Annual report of the Bengal Veterinary College and of the Civil Veterinary Department, Bengal, for the year 1907-1908 - 1907-1908
Year: 1907
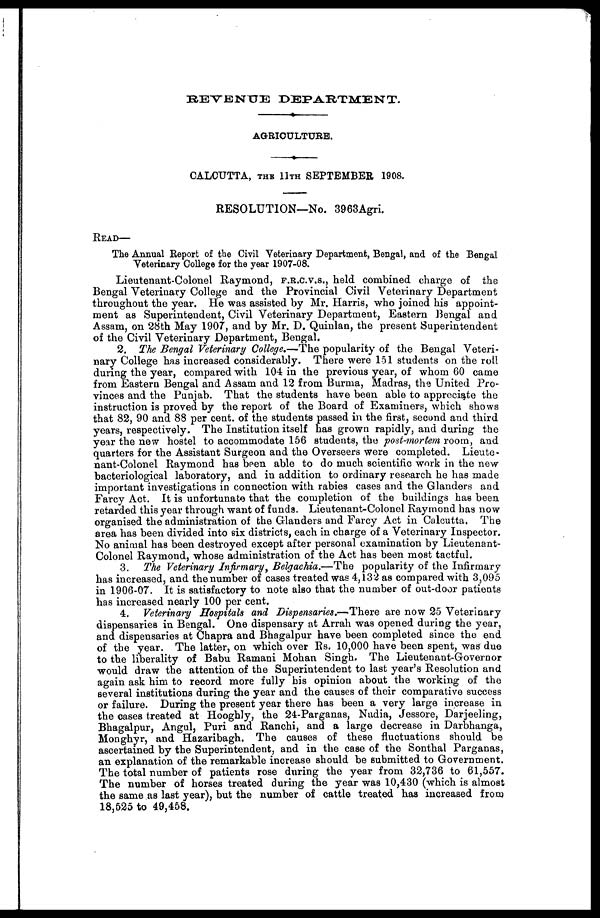
REVENUE DEPARTMENT.
AGRICULTURE.
CALCUTTA, THE 11TH SEPTEMBER 1908.
RESOLUTION—No. 3963Agri.
READ—
The Annual Report of the Civil Veterinary Department, Bengal, and of the Bengal
Veterinary College for the year 1907-08.
Lieutenant-Colonel Raymond, f.r.c.v.s., held combined charge of the
Bengal Veterinary College and the Provincial Civil Veterinary Department
throughout the year. He was assisted by Mr. Harris, who joined his appoint-
ment as Superintendent, Civil Veterinary Department, Eastern Bengal and
Assam, on 28th May 1907, and by Mr. D. Quinlan, the present Superintendent
of the Civil Veterinary Department, Bengal.
2. The Bengal Veterinary College.—The popularity of the Bengal Veteri-
nary College has increased considerably. There were 151 students on the roll
during the year, compared with 104 in the previous year, of whom 60 came
from Eastern Bengal and Assam and 12 from Burma, Madras, the United Pro-
vinces and the Punjab. That the students have been able to appreciate the
instruction is proved by the report of the Board of Examiners, which shows
that 82, 90 and 88 per cent. of the students passed in the first, second and third
years, respectively. The Institution itself has grown rapidly, and during the
year the new hostel to accommodate 156 students, the post-mortem room, and
quarters for the Assistant Surgeon and the Overseers were completed. Lieute-
nant-Colonel Raymond has been able to do much scientific work in the new
bacteriological laboratory, and in addition to ordinary research he has made
important investigations in connection with rabies cases and the Glanders and
Farcy Act. It is unfortunate that the completion of the buildings has been
retarded this year through want of funds. Lieutenant-Colonel Raymond has now
organised the administration of the Glanders and Farcy Act in Calcutta. The
area has been divided into six districts, each in charge of a Veterinary Inspector.
No animal has been destroyed except after personal examination by Lieutenant-
Colonel Raymond, whose administration of the Act has been most tactful.
3. The Veterinary Infirmary, Belgachia.—The popularity of the Infirmary
has increased, and the number of cases treated was 4,132 as compared with 3,095
in 1906-07. It is satisfactory to note also that the number of out-door patients
has increased nearly 100 per cent.
4. Veterinary Hospitals and Dispensaries.—There are now 25 Veterinary
dispensaries in Bengal. One dispensary at Arrah was opened during the year,
and dispensaries at Chapra and Bhagalpur have been completed since the end
of the year. The latter, on which over Rs. 10,000 have been spent, was due
to the liberality of Babu Ramani Mohan Singh. The Lieutenant-Governor
would draw the attention of the Superintendent to last year's Resolution and
again ask him to record more fully bis opinion about the working of the
several institutions during the year and the causes of their comparative success
or failure. During the present year there has been a very large increase in
the cases treated at Hooghly, the 24-Parganas, Nudia, Jessore, Darjeeling,
Bhagalpur, Angul, Puri and Ranchi, and a large decrease in Darbhanga,
Monghyr, and Hazaribagh. The causes of these fluctuations should be
ascertained by the Superintendent, and in the case of the Sonthal Parganas,
an explanation of the remarkable increase should be submitted to Government.
The total number of patients rose during the year from 32,736 to 61,557.
The number of horses treated during the year was 10,430 (which is almost
the same as last year), but the number of cattle treated has increased from
18,525 to 49,458.